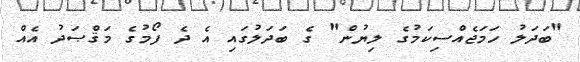
"ބަދަލު ހަމަޖެއްސިކަމުގެ ލިޔުން" ގެ ބަދަލުގައި އެ ދެ ފޯމުގެ މަޤްޞަދު އެއް